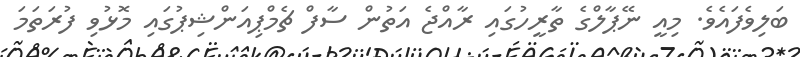
ބަލިވެފައެވެ. މިއީ ނޭޕާލްގެ ތާރީހުގައި ރާއްޖެ އަތުން ސާފް ޗެމްޕިއަންޝިޕުގައި މޮޅުވި ފުރަތަމަ